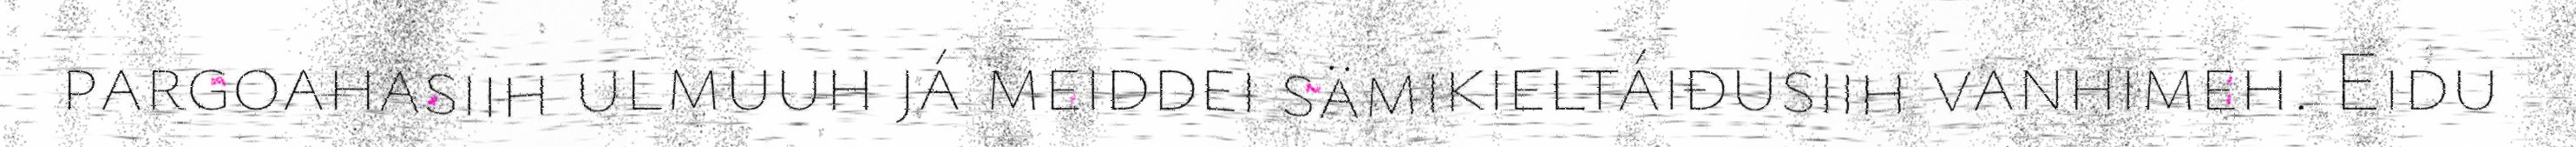
pargoahasiih ulmuuh já meiddei sämikieltáiđusiih vanhimeh. Eidu